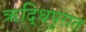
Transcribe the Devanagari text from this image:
ऋद्धिपुरात